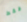
فقط